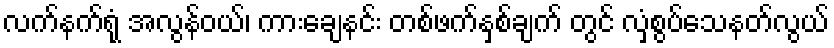
လက်နက်ရုံ အလွန်ဝယ်၊ ကားချေနင်း တစ်ဖက်နှစ်ချက် တွင် လှံစွပ်သေနတ်လွယ်